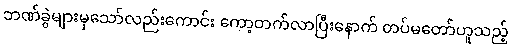
ဘဏ်ခွဲများမှသော်လည်းကောင်း ကော့တက်လာပြီးနောက် တပ်မတော်ဟူသည့်